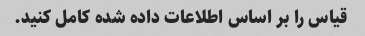
قیاس را بر اساس اطلاعات داده شده کامل کنید.